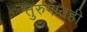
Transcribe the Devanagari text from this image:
तुरुंगातही